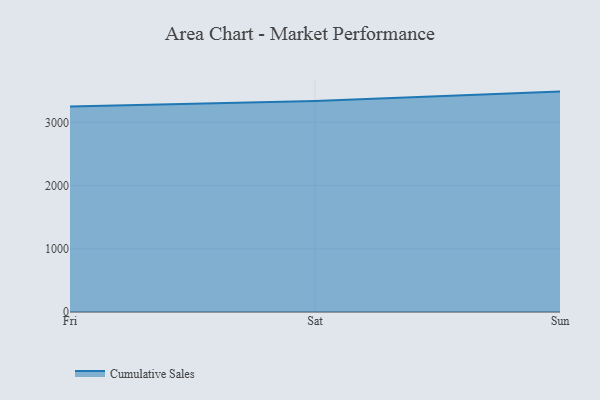
{"axis": {"x": "Day", "y": "Revenue (USD Million)"}, "legend": ["Cumulative Sales"], "data": [{"x": "Fri", "y": 3250.4, "type": "Cumulative Sales"}, {"x": "Sat", "y": 3339.0, "type": "Cumulative Sales"}, {"x": "Sun", "y": 3486.4, "type": "Cumulative Sales"}]}